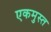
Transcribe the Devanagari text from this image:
एकमुस्त